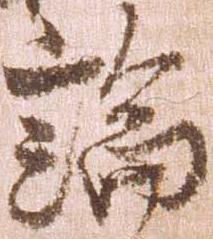
論